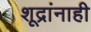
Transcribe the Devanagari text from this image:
शूद्रांनाही